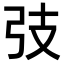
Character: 𢎼